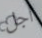
أجل